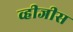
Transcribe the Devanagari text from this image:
व्हीजीस